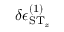
\delta \epsilon _ { \ensuremath { \mathrm { S } } \ensuremath { \mathrm { T } } _ { z } } ^ { ( 1 ) }